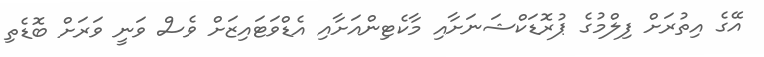
އޭގެ އިތުރަށް ފިލްމުގެ ޕުރޮޑަކްޝަނަށާއި މާކެޓިންއަށާއި އެޑްވަޓައިޒަށް ވެސް ވަނީ ވަރަށް ބޮޑެތި